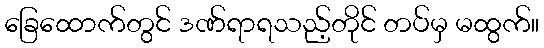
ခြေထောက်တွင် ဒဏ်ရာရသည့်တိုင် တပ်မှ မထွက်။